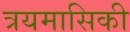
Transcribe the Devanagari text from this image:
त्रयमासिकी